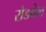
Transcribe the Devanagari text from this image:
रोडबेल